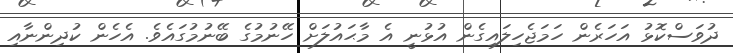
ދުވަސްކޮޅު އަހަރެން ހަމަޖެހިލައިގެން އުޅުނީ އެ މާޙައުލަށް ހޭނުމުގެ ބޭނުމުގައެވެ. އެހެން ކުދިންނާއި